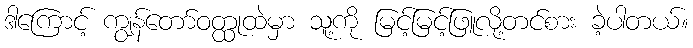
ဒါကြောင့် ကျွန်တော်ဝတ္ထုထဲမှာ သူ့ကို မြင့်မြင့်ဖြူလို့တင်စား ခဲ့ပါတယ်။